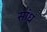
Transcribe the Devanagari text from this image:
सांध